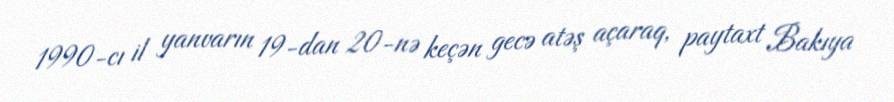
1990-cı il yanvarın 19-dan 20-nə keçən gecə atəş açaraq, paytaxt Bakıya